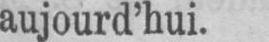
aujourd’hui.